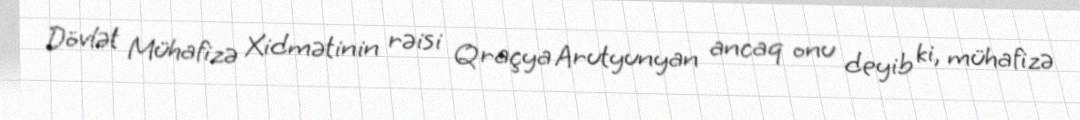
Dövlət Mühafizə Xidmətinin rəisi Qraçya Arutyunyan ancaq onu deyib ki, mühafizə